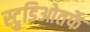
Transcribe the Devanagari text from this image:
स्टुडिओतर्फे